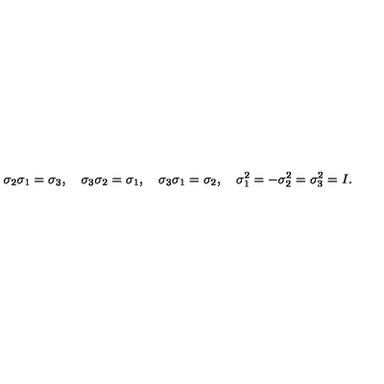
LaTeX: \sigma _ { 2 } \sigma _ { 1 } = \sigma _ { 3 } , \quad \sigma _ { 3 } \sigma _ { 2 } = \sigma _ { 1 } , \quad \sigma _ { 3 } \sigma _ { 1 } = \sigma _ { 2 } , \quad \sigma _ { 1 } ^ { 2 } = - \sigma _ { 2 } ^ { 2 } = \sigma _ { 3 } ^ { 2 } = I .